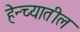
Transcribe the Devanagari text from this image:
हेन्च्यातील